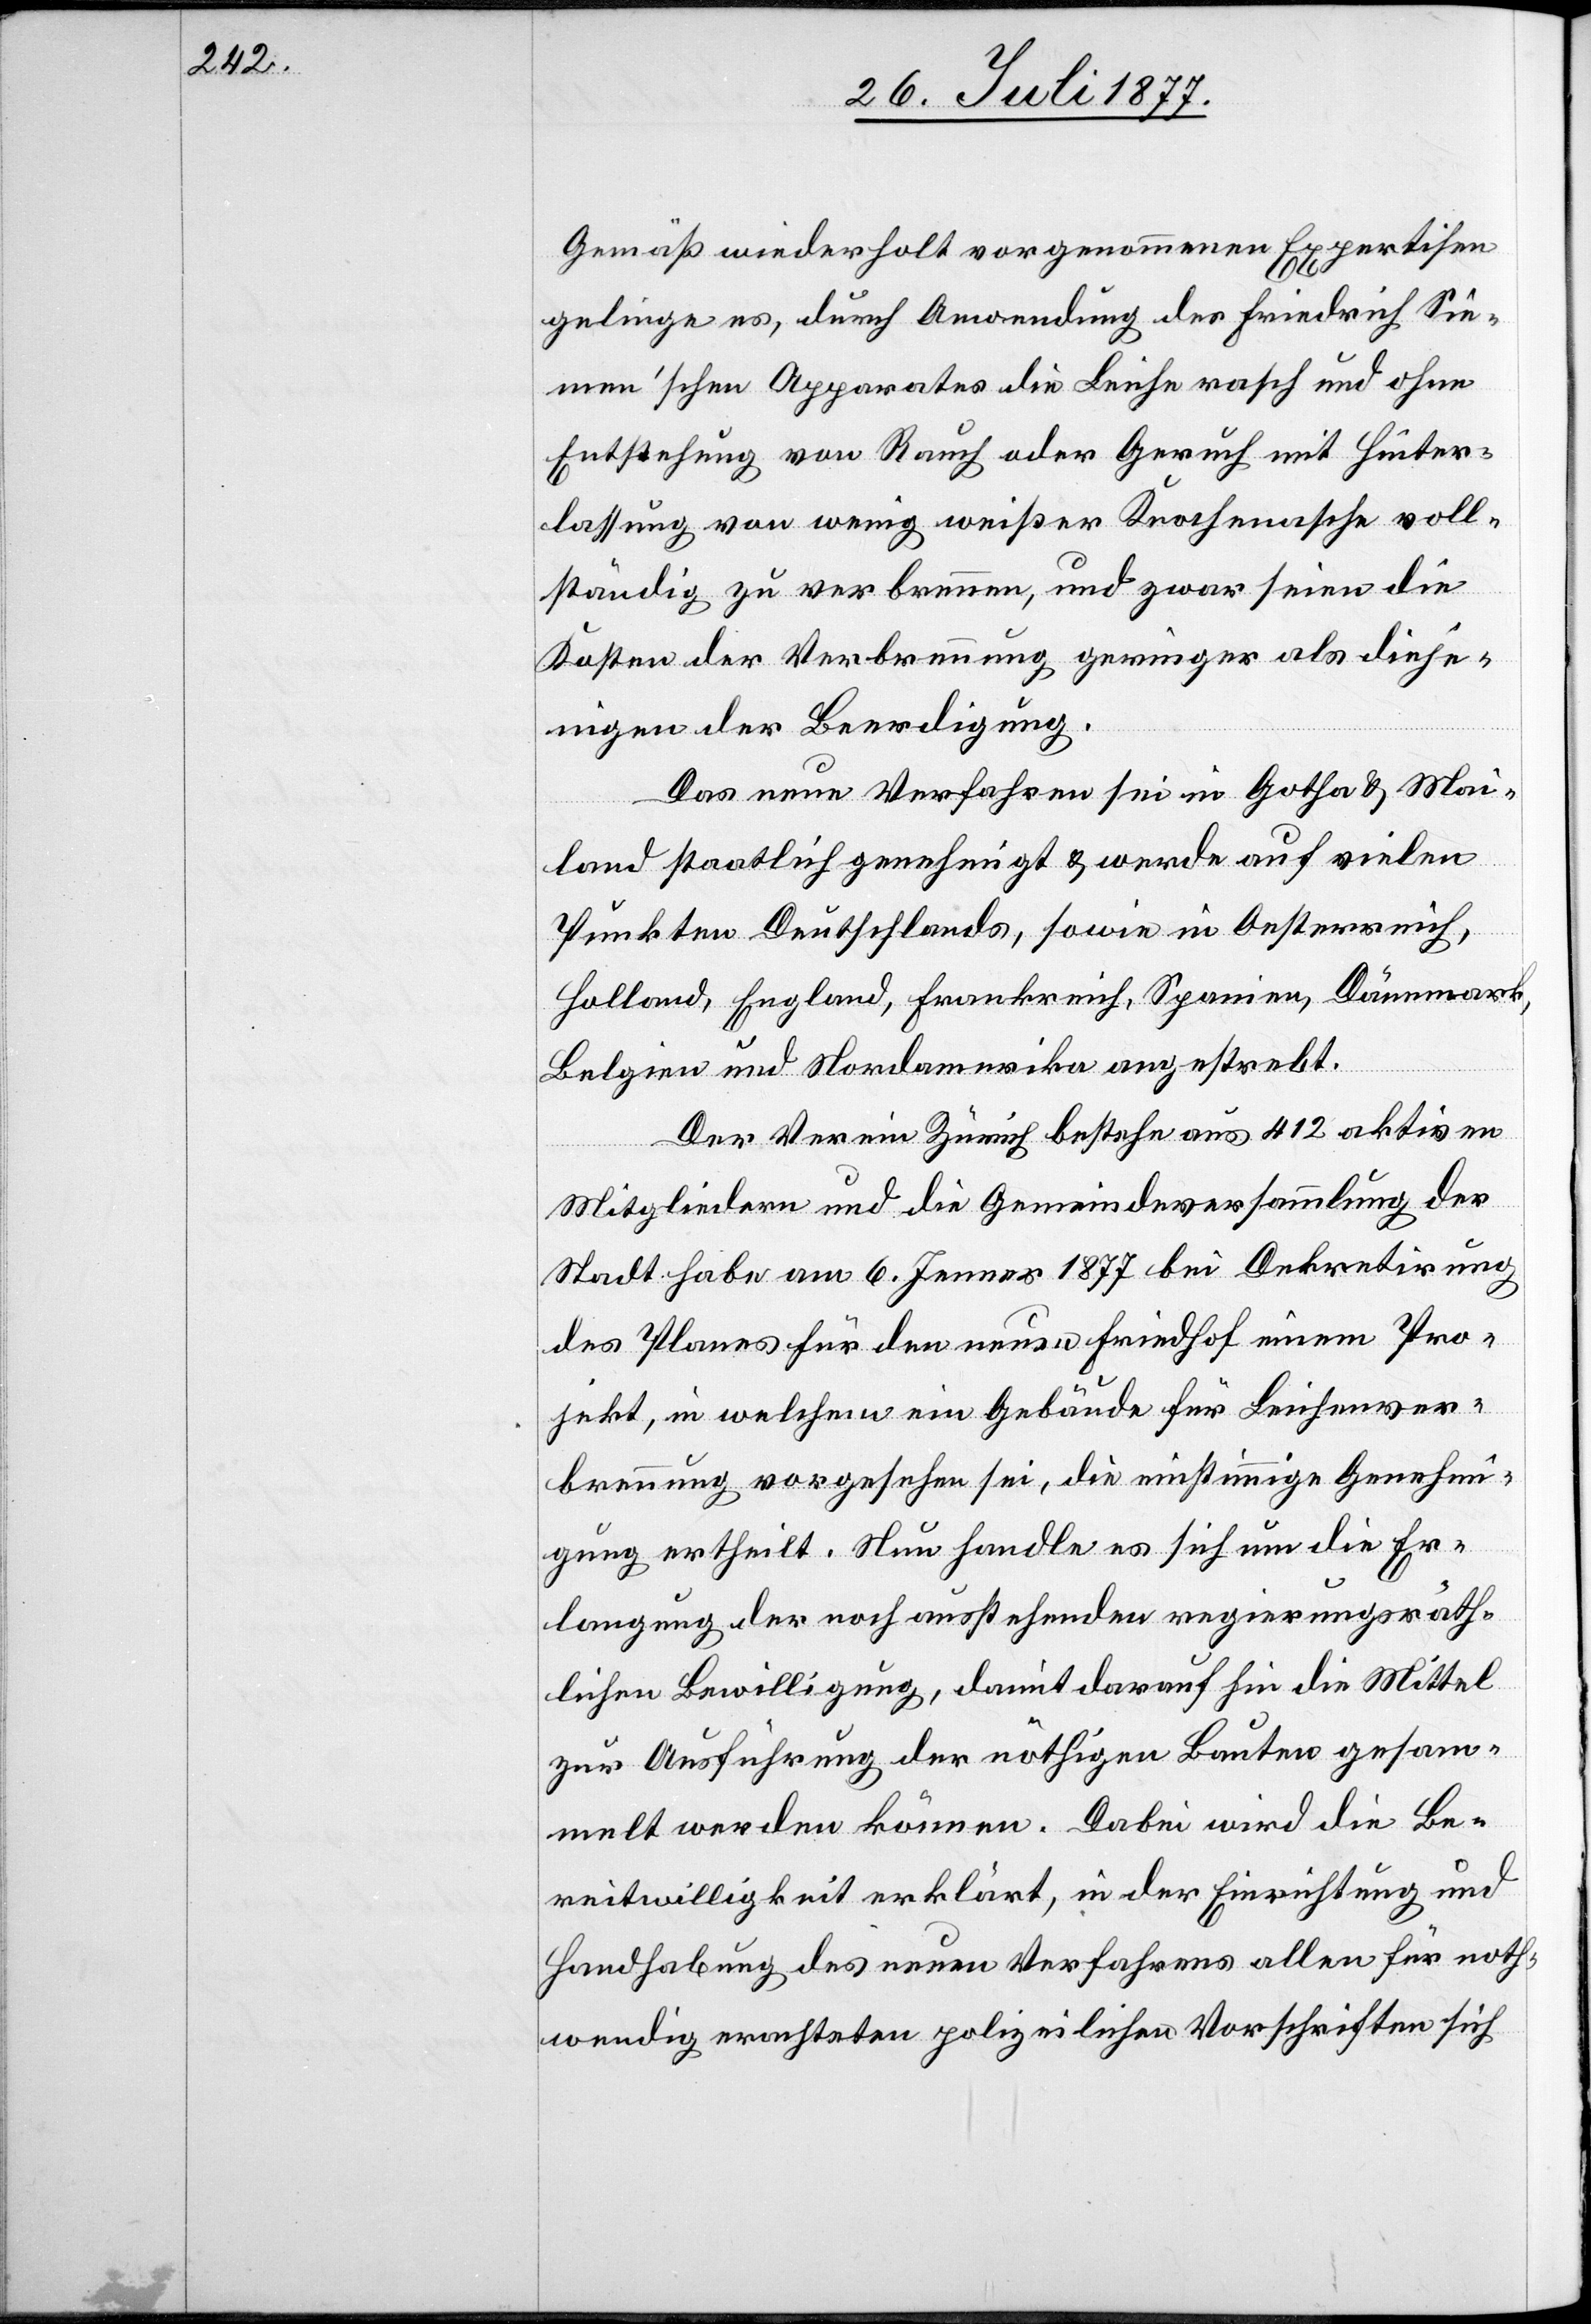
Gemäß wiederholt vorgenommenen Expertisen
gelinge es, durch Anwendung des Friedrich Sie¬
men’schen Apparates die Leiche rasch und ohne
Entstehung von Rauch oder Geruch mit Hinter¬
lassung von wenig weißer Knochenasche voll¬
ständig zu verbrennen, und zwar seien die
Kosten der Verbrennung geringer als dieje¬
nigen der Beerdigung.
Das neue Verfahren sei in Gotha & Mai¬
land staatlich genehmigt & werde auf vielen
Punkten Deutschlands, sowie in Oesterreich,
Holland, England, Frankreich, Spanien, Dänemark,
Belgien und Nordamerika angestrebt.
Der Verein Zürich bestehe aus 412 aktiven
Mitgliedern und die Gemeindeversammlung der
Stadt habe am 6. Jenner 1877 bei Dekretirung
des Planes für den neuen Friedhof einem Pro¬
jekt, in welchem ein Gebäude für Leichenver¬
brennung vorgesehen sei, die einstimmige Genehmi¬
gung ertheilt. Nun handle es sich um die Er¬
langung der noch ausstehenden regierungsräth¬
lichen Bewilligung, damit darauf hin die Mittel
zur Ausführung der nöthigen Bauten gesam¬
melt werden können. Dabei wird die Be¬
reitwilligkeit erklärt, in der Einrichtung und
Handhabung des neuen Verfahrens allen für noth¬
wendig erachteten polizeilichen Vorschriften sich